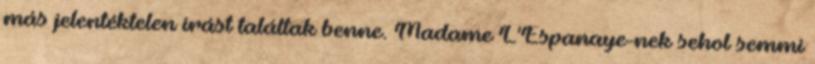
más jelentéktelen írást találtak benne. Madame L'Espanaye-nek sehol semmi